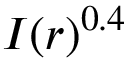
I ( r ) ^ { 0 . 4 }